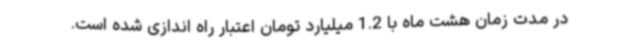
در مدت زمان هشت ماه با 1.2 میلیارد تومان اعتبار راه اندازی شده است.